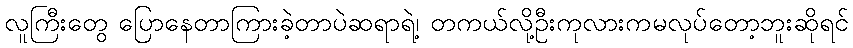
လူကြီးတွေ ပြောနေတာကြားခဲ့တာပဲဆရာရဲ့၊ တကယ်လို့ဦးကုလားကမလုပ်တော့ဘူးဆိုရင်